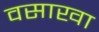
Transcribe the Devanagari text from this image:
वसाखा